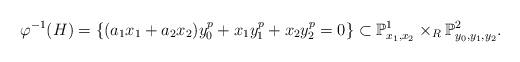
LaTeX: \begin{align*}\varphi^{-1}(H) = \{ (a_1x_1+ a_2x_2)y_0^p + x_1y_1^p + x_2y_2^p=0 \} \subset \mathbb P^1_{x_1, x_2} \times_R \mathbb P^2_{y_0, y_1, y_2}. \end{align*}